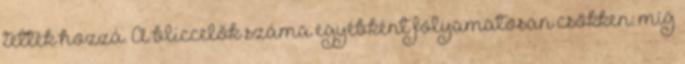
tették hozzá. A bliccelők száma egyébként folyamatosan csökken: míg